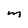
Character: m